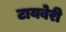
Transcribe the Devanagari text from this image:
टायबेरी